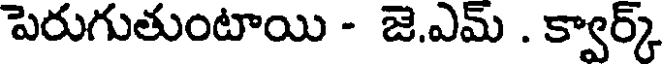
పెరుగుతుంటాయి - జె.ఎమ్ . క్వార్క్